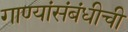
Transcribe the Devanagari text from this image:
गाण्यांसंबंधीची